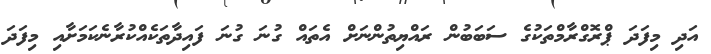
އަދި މިފަދަ ޕްރޮގްރާމްތަކުގެ ސަބަބުން ރައްޔިތުންނަށް އެތައް ގުނަ ގުނަ ފައިދާތަކެއްކުރާނެކަމަށާއި މިފަދަ